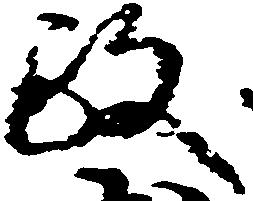
政